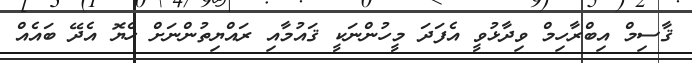
ޤާސިމް އިބްރާހިމް ވިދާޅުވީ އެފަދަ މީހުންނަކީ ޤައުމާއި ރައްޔިތުންނަށް ހެޔޮ އެދޭ ބައެއް